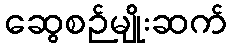
ဆွေစဉ်မျိုးဆက်